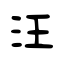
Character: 汪